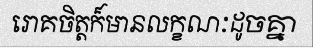
រោគចិត្តក៏មានលក្ខណៈដូចគ្នា